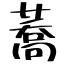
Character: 蕎